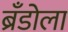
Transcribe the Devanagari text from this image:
ब्रँडोला